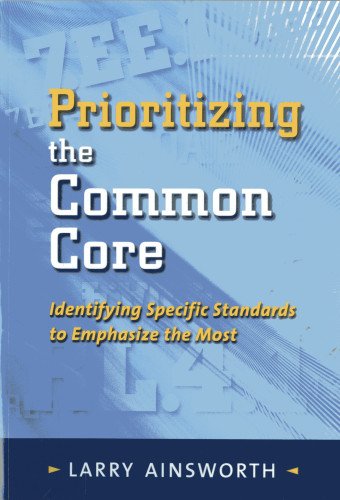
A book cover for Prioritizing the Common Core: Identifying Specific Standards to Emphasize the Most; Larry Ainsworth; Education & Teaching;